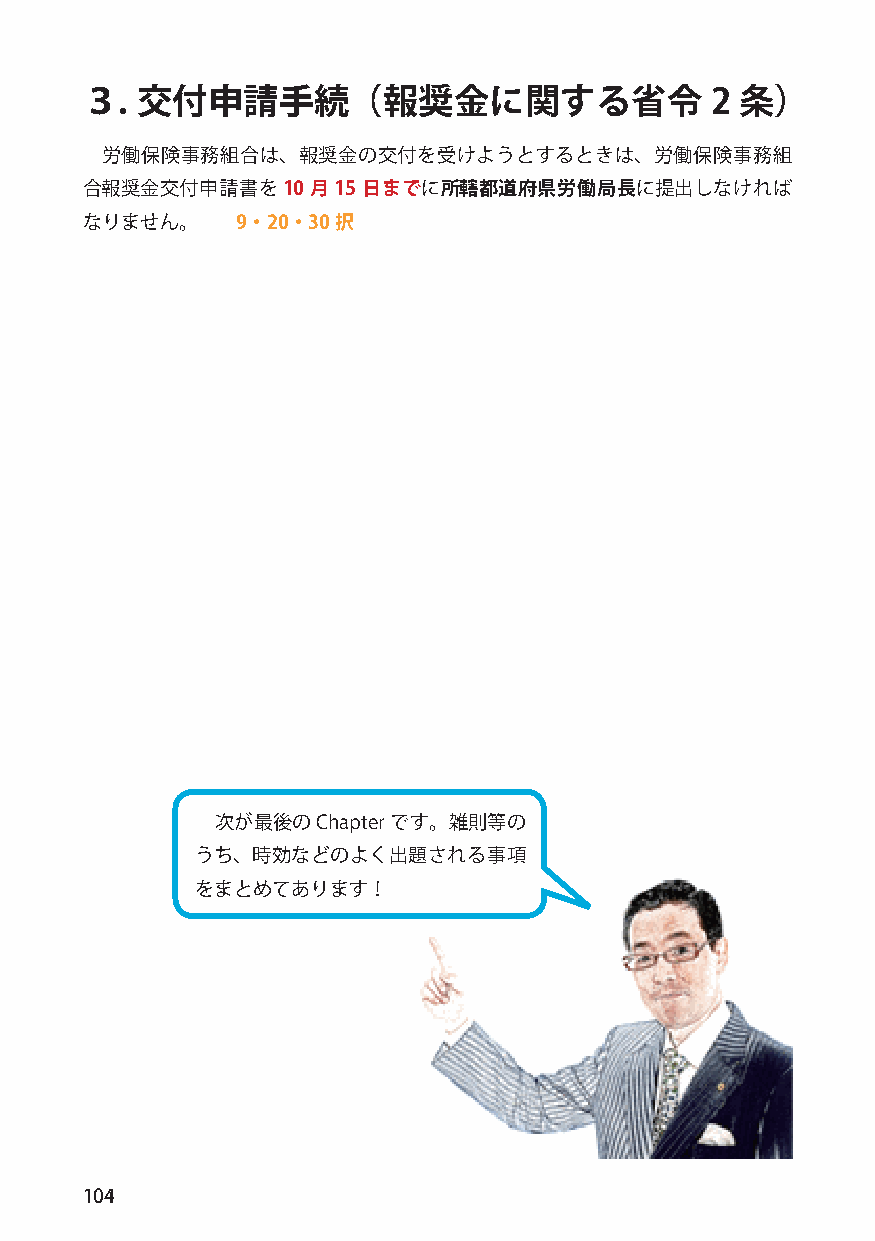
３.  交付申請手続（報奨金に関する省令                      2 条）
 労働保険事務組合は、報奨金の交付を受けようとするときは、労働保険事務組
 合報奨金交付申請書を10    月15 日までに所轄都道府県労働局長に提出しなければ
 なりません。     9・20・30択
 次が最後のChapterです。雑則等の
 うち、時効などのよく出題される事項
 をまとめてあります！
 104